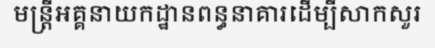
មន្ត្រីអគ្គនាយកដ្ឋានពន្ធនាគារដើម្បីសាកសួរ